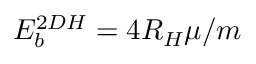
E _ { b } ^ { 2 D H } = 4 R _ { H } \mu / m